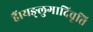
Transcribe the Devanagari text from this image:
हैं।यङ्लुगादिवृत्ति